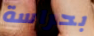
بحراسة